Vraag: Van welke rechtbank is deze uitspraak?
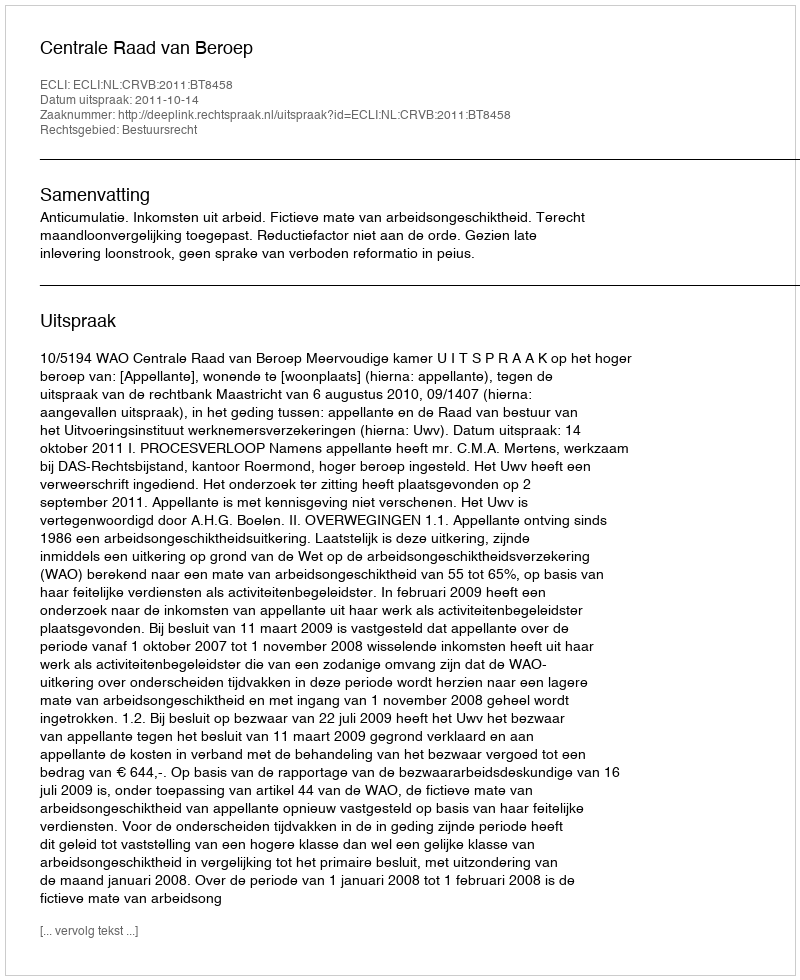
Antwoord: Centrale Raad van Beroep